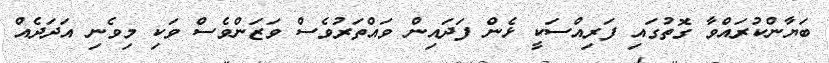
ބަޔާންކުރައްވާ ގޮތުގައި ފަރިއްސަކީ ޅެން ފަދައިން ވައްތަރުވެސް ވަޒަންވެސް ވަކި މިވެނި އަދަދެއް